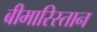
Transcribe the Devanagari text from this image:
बीमारिस्तान